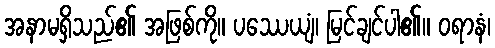
အနာမရှိသည်၏ အဖြစ်ကို။ ပဿေယျံ၊ မြင်ချင်ပါ၏။ ဝရာနံ၊